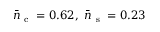
\bar { n } _ { \mathrm { ~ c ~ } } = 0 . 6 2 , \ \bar { n } _ { \mathrm { ~ s ~ } } = 0 . 2 3